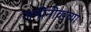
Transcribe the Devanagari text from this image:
जमीनीवरच्या